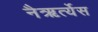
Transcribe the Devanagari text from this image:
नैऋर्त्येस